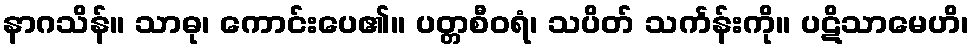
နာဂသိန်။ သာဓု၊ ကောင်းပေ၏။ ပတ္တစီဝရံ၊ သပိတ် သင်္ကန်းကို။ ပဋိသာမေဟိ၊